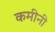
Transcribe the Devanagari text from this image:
कमीनी